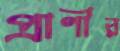
প্রাণীর